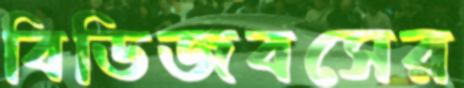
বিডিজবসের